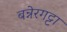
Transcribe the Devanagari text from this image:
बन्नेरगट्टा